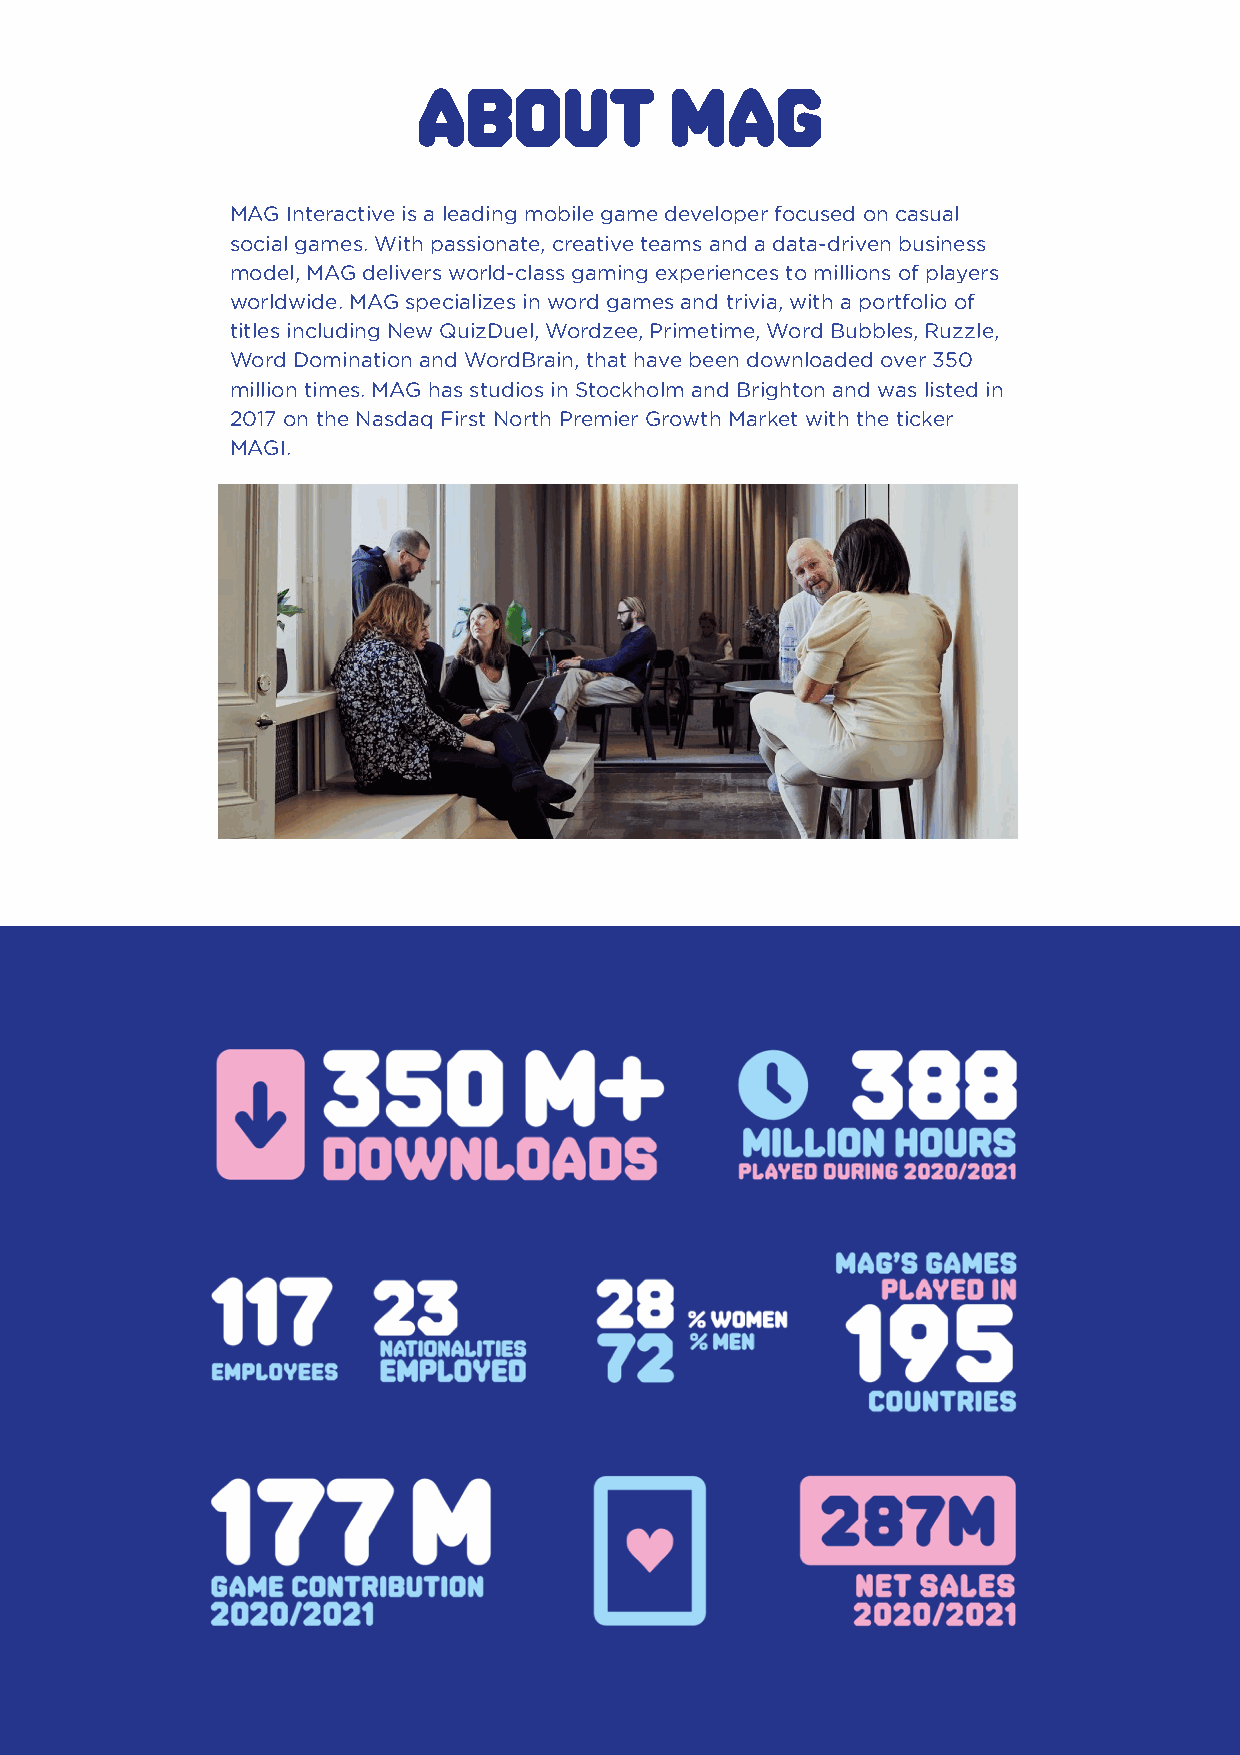
About           MAG
 MAG Interactive is a leading mobile game developer focused on casual
 social games. With passionate, creative teams and a data-driven business
 model, MAG delivers world-class gaming experiences to millions of players
 worldwide. MAG specializes in word games and trivia, with a portfolio of
 titles including New QuizDuel, Wordzee, Primetime, Word Bubbles, Ruzzle,
 Word Domination and WordBrain, that have been downloaded over 350
 million times. MAG has studios in Stockholm and Brighton and was listed in
 2017 on the Nasdaq First North Premier Growth Market with the ticker
 MAGI.
 MAG Interactive AB (publ) org. nr: 556804-3524                   3